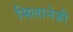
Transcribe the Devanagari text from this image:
मिलानेज़ी